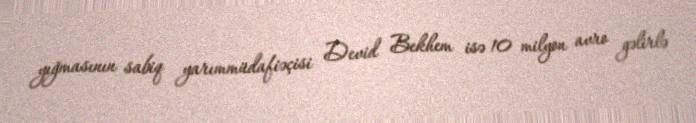
yığmasının sabiq yarımmüdafiəçisi Devid Bekhem isə 10 milyon avro gəlirlə